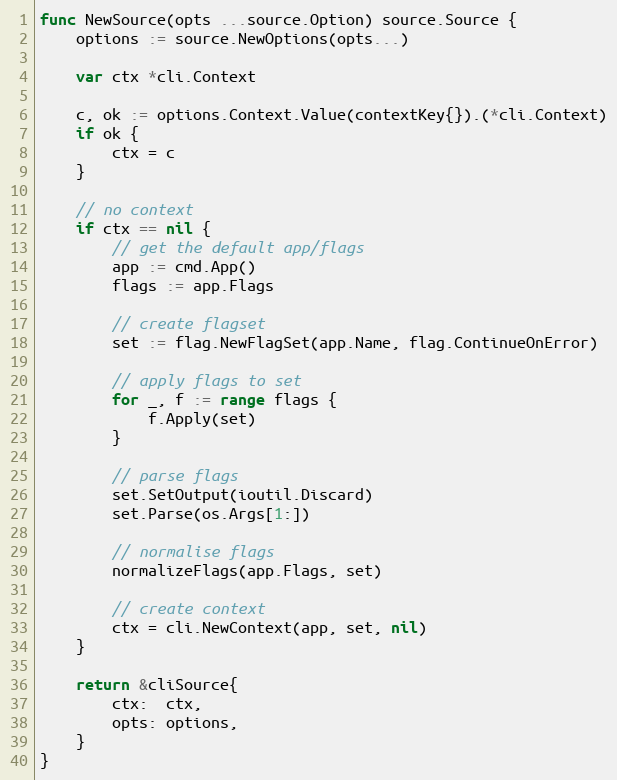
Language: Go
func NewSource(opts ...source.Option) source.Source {
	options := source.NewOptions(opts...)

	var ctx *cli.Context

	c, ok := options.Context.Value(contextKey{}).(*cli.Context)
	if ok {
		ctx = c
	}

	// no context
	if ctx == nil {
		// get the default app/flags
		app := cmd.App()
		flags := app.Flags

		// create flagset
		set := flag.NewFlagSet(app.Name, flag.ContinueOnError)

		// apply flags to set
		for _, f := range flags {
			f.Apply(set)
		}

		// parse flags
		set.SetOutput(ioutil.Discard)
		set.Parse(os.Args[1:])

		// normalise flags
		normalizeFlags(app.Flags, set)

		// create context
		ctx = cli.NewContext(app, set, nil)
	}

	return &cliSource{
		ctx:  ctx,
		opts: options,
	}
}